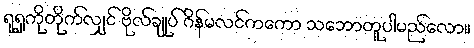
ရုရှကိုတိုက်လျှင် ဗိုလ်ချုပ် ဂိန်မလင်ကကော သဘောတူပါမည်လော။